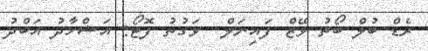
ރެޑް ބުލް ބޯތު ވޭޒް ފައިނަލް  ވަގުތު ފޮޓޯ: އަޝްހާދު އަބްދު